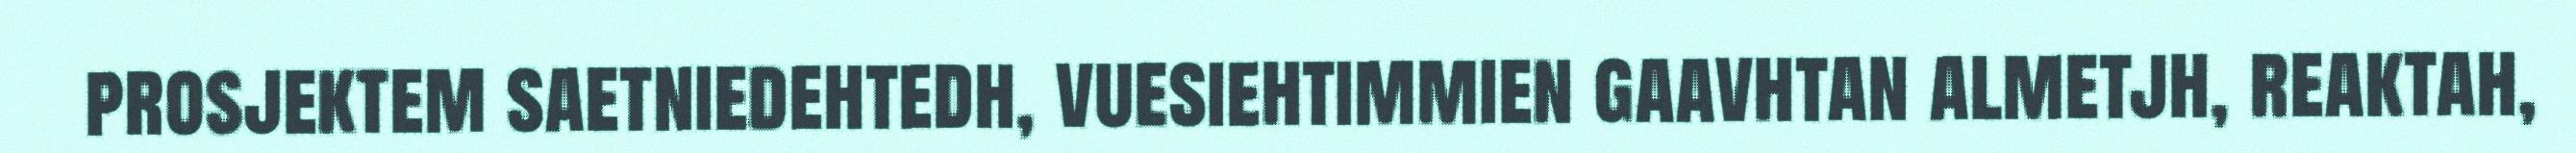
prosjektem saetniedehtedh, vuesiehtimmien gaavhtan almetjh, reaktah,